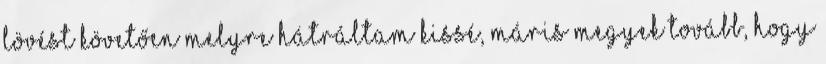
lövést követően melyre hátráltam kissé, máris megyek tovább, hogy